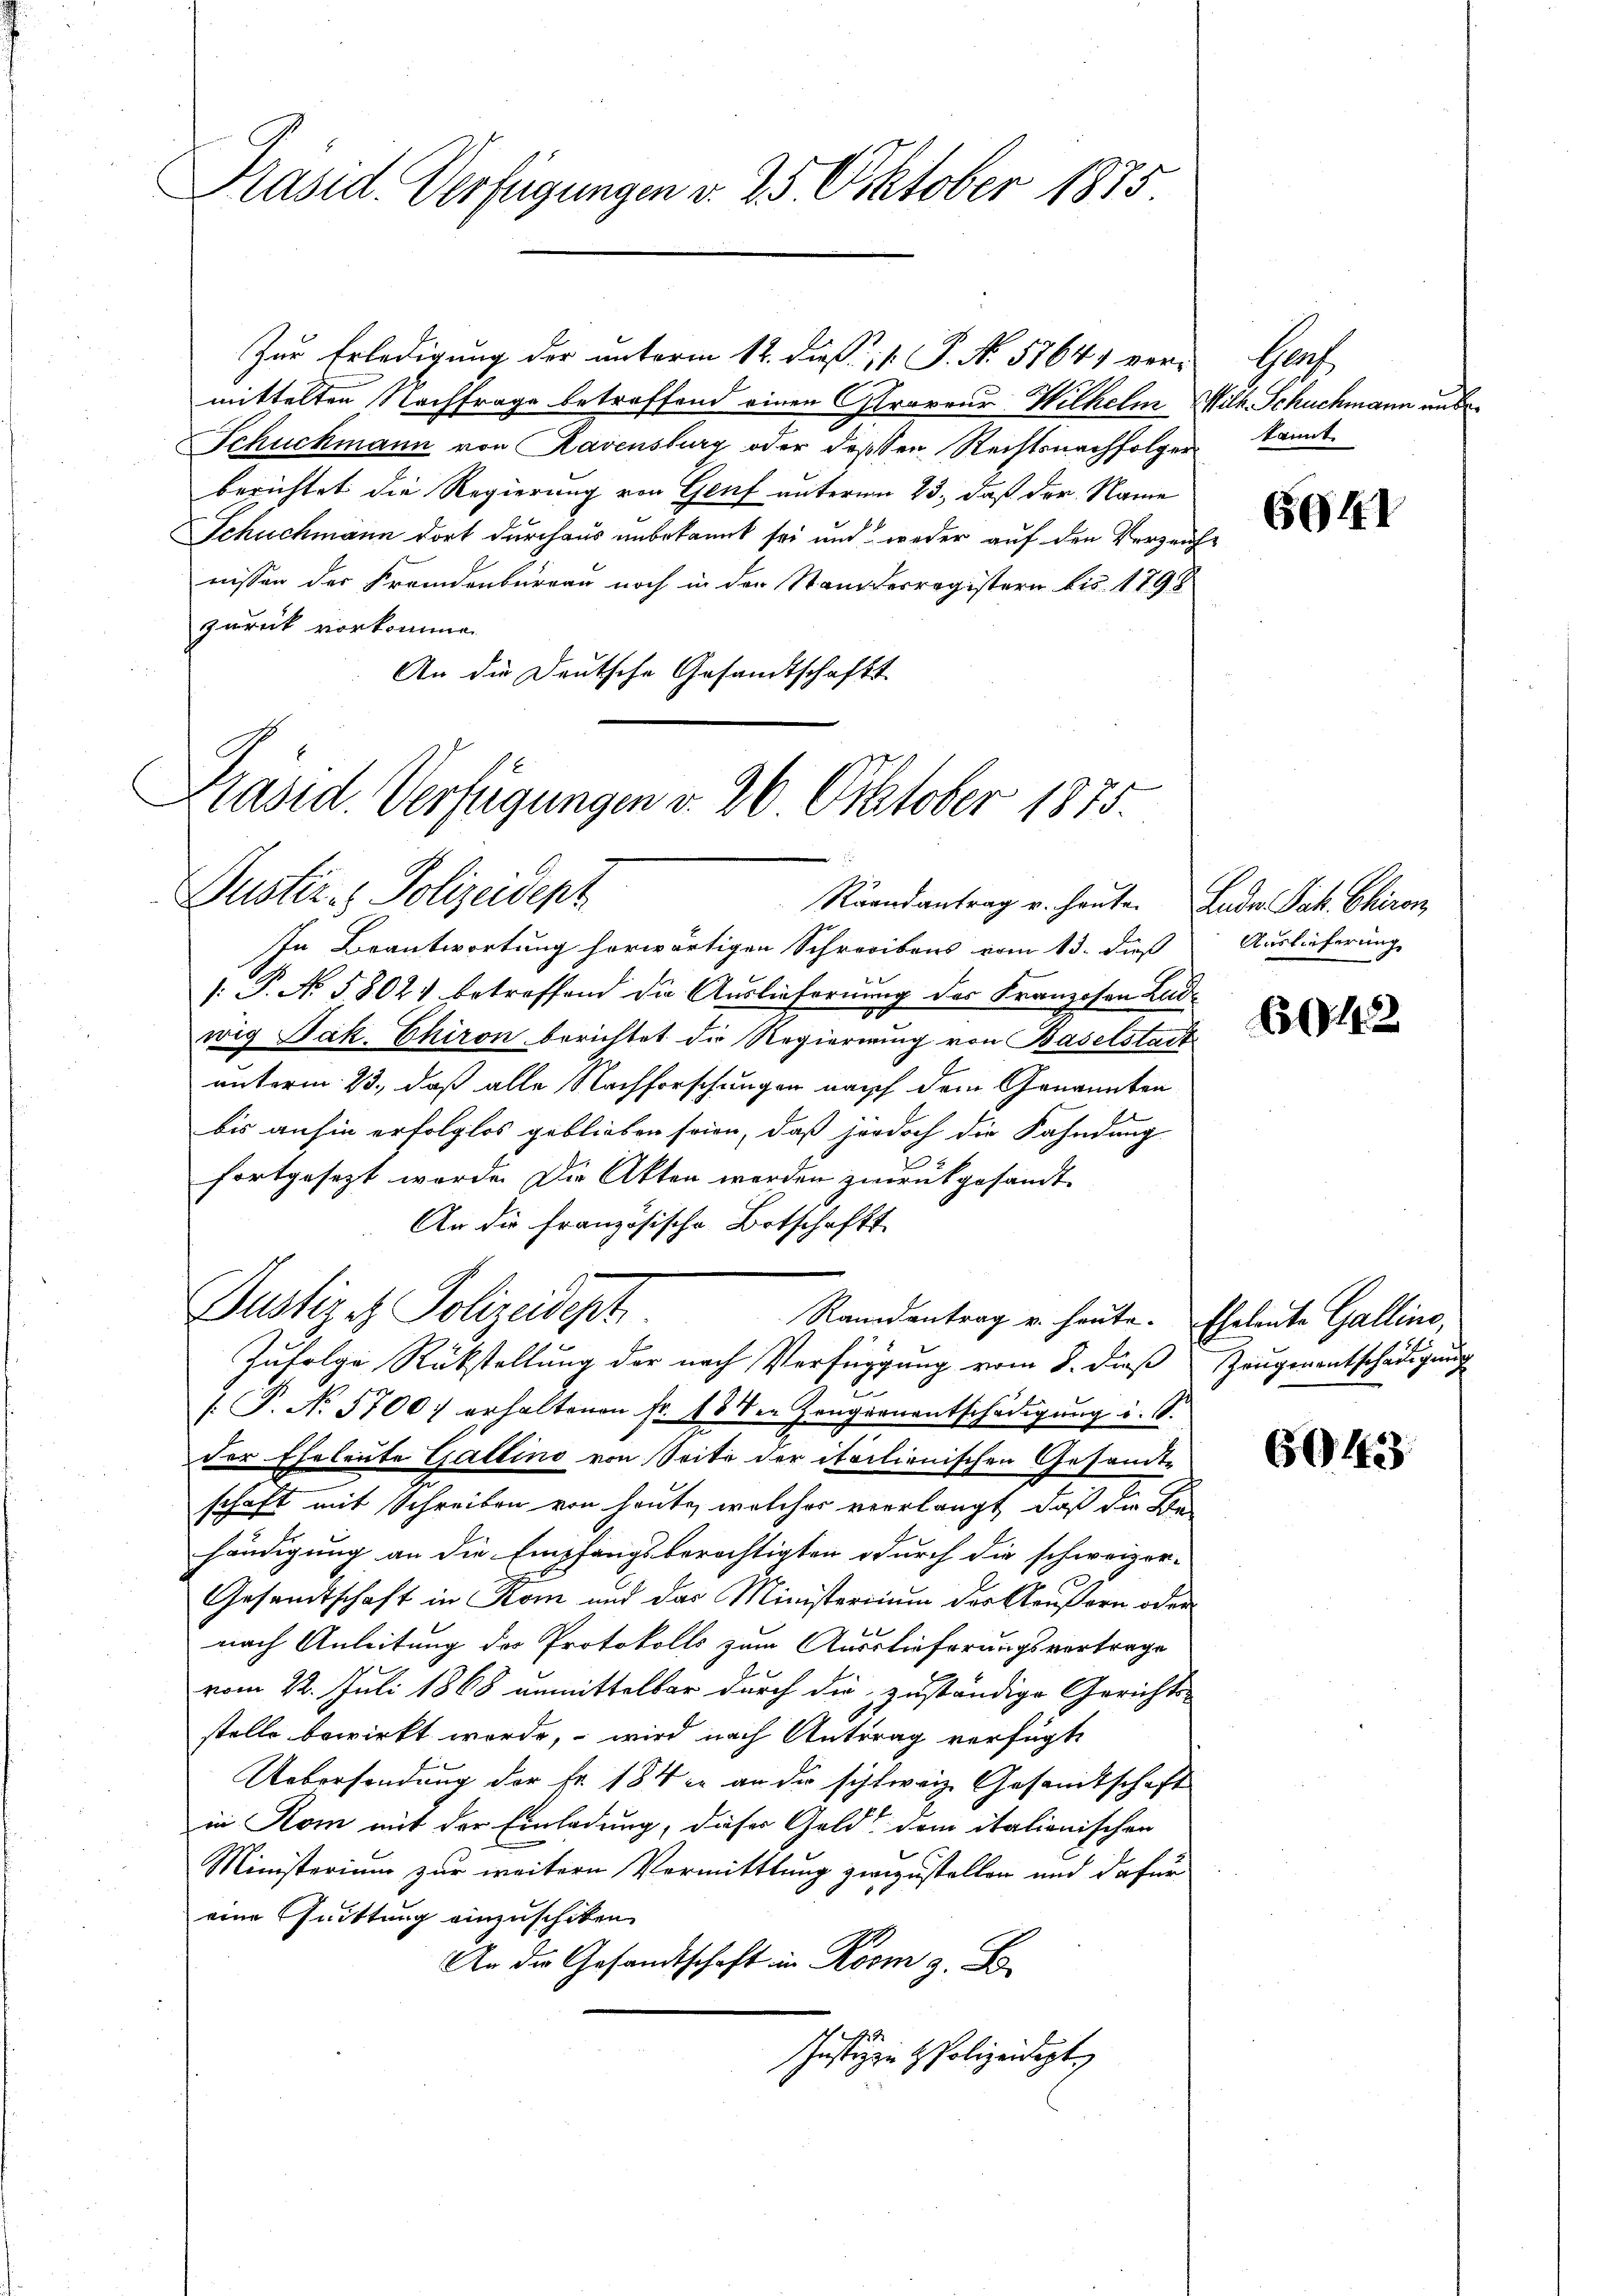
Präsid. Verfügungen v. 25. Oktober 1885.

Zur Erledigung der unterm 12. dieß, 1 P. No. 57641 ver-
mittelten Nachfrage betreffend einen Girareur-Wilhelm Wilh. Schuchmann aus
Schuckmann von Ravensburg oder dessen Rechtsnachfolger
berichtet die Regierung von Genf unterm 23., daß der Name
Schuchmann dort durchaus unbekannt sei und weder auf den Verzeich-
nissen der Fremdenbureau noch in der Standerregistern bis 1798
zurück vorkommen
An die Deutsche Gesandtschafts-

Präsid. Verfügungen v. 26 Oktober 1875.
Justiz- & Polizeident

Justiz es Polizeidept

Raandantrag u. heute. Ende Jak. Chiron
In Beantwortung herwärtigen Schreibens vom 13. daß
: P. No. 5802. betreffend die Ausliefernung des Franzosen Ludwig Jak. Chiron berichtet die Regierung von Baselstadt
unterm 23., daß alle Nachforschungen nach dem Genannten
bis anhin erfolglos geblieben seien, daß jedoch die Fahndung
fortgesezt werde. Die Akten werden zurükgesandt.
An die französische Botschaft
Randantrag u. heute. Eheleute Gallino,
Zufolge Rückstellung der nach Verfügung vom 8. dieß Zeugenantschädigung
.P. No 5700. erhaltenen Fr. 18 den Zanggenentschädigung i. 10.
der Eheleute Gattino von Seite der italienischen Gesandte
schaft mit Schreiben von heute, welches verlangt, daß die Be-
händigung an die Empfangsberichtigten durch die schweizer-
Gesamtschaft in Rom und das Ministerium der Aeußern oder
nach Anleitung des Protokolls zum Auslieferungsvertrage
vom 22. Juli 1868 anmittelbar durch die zuständige Gerichts-
stelle bewirkt werde, – wird nach Antrag verfügt,
Uebersendung der Fr. 184 c. an die schweiz Gesandtschaft
in Rom mit der Einladung, dieser Geld dem italienischen
Ministerium zur weitern Vermittlung zwizustellen und dafür
eine Quittung einzuschiken.
An die Gesandtschaft in Rosm z. B.
Justizze Polizeidigt.

Graf
kannt

6941

Auslieferung

6042

6943